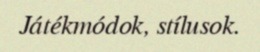
Játékmódok, stílusok.